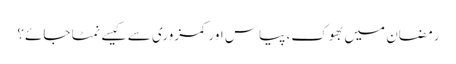
رمضان میں بھوک، پیاس اور کمزوری سے کیسے نمٹا جائے؟